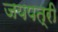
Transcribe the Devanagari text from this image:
जयपत्री